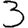
Digit: 3